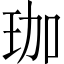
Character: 珈